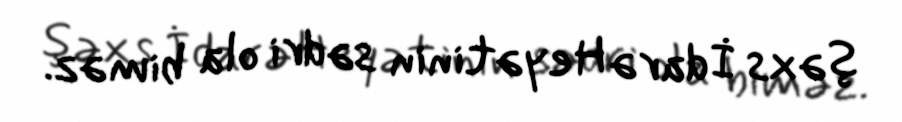
şəxs İdarə Heyətinin sədri ola biməz.